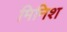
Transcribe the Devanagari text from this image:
मिनिश